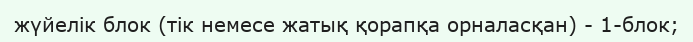
жүйелік блок (тік немесе жатық қорапқа орналасқан) - 1-блок;